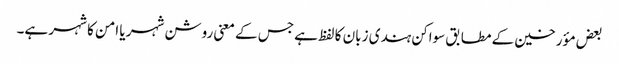
بعض مؤرخین کے مطابق سواکن ہندی زبان کا لفظ ہے جس کے معنی روشن شہر یا امن کا شہر ہے۔